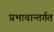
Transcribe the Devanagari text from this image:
प्रभावान्तर्गत